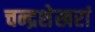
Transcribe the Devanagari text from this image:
चन्द्रशेखरां